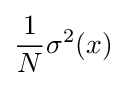
{\frac {1}{N}}\sigma ^{2}(x)